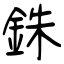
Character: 銖